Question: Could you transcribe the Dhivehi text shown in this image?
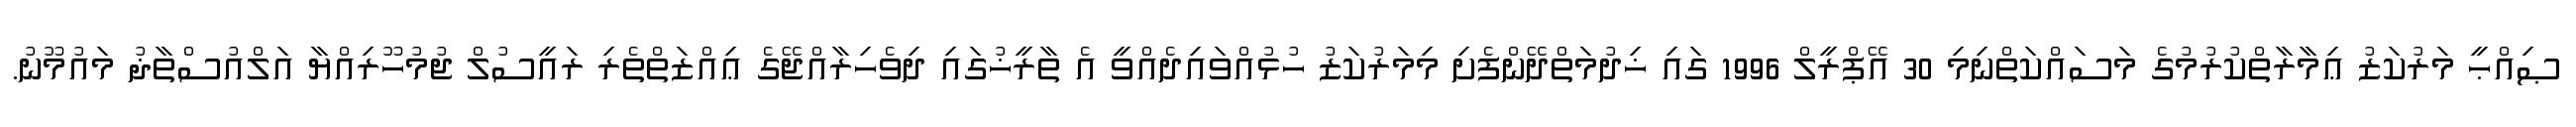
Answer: ޞިއްޙީ މަރުކަޒު ޢިމާރާތްކުރުމުގެ މަސައްކަތްނިމި 30 އޭޕްރީލް 1996 ގައި ޚިދުމަތްދޭންފެށި މިމަރުކަޒު ހުޅުއްވައިދެއްވީ އެ ތާރީޚުގައި ދިވެހިރާއްޖޭގެ ޢިއްޒަތްތެރި ރައީސުލް ޖުމުހޫރިއްޔާ އަލްއުސްތާޛު މައުމޫނު.